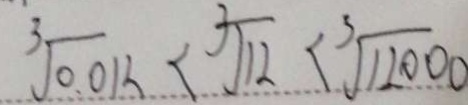
\sqrt [ 3 ] { 0 . 0 1 3 } < \sqrt [ 3 ] { 1 2 } < \sqrt [ 3 ] { 1 2 0 0 0 }